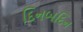
દિનબદિન